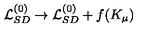
{ \cal L } _ { S D } ^ { ( 0 ) } \to { \cal L } _ { S D } ^ { ( 0 ) } + f ( K _ { \mu } )